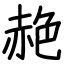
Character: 赩